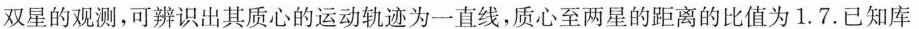
双星的观测，可辨识出其质心的运动轨迹为一直线，质心至两星的距离的比值为1.7.已知库